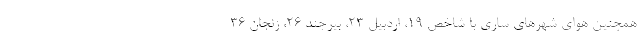
همچنین هوای شهرهای ساری با شاخص 19، اردبیل 23، بیرجند 26، زنجان 36